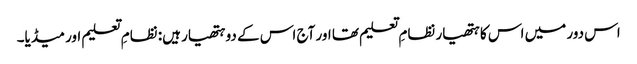
اس دور میں اس کا ہتھیار نظامِ تعلیم تھا اور آج اس کے دو ہتھیار ہیں: نظامِ تعلیم اور میڈیا۔